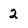
Character: 2